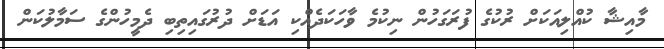
މާއިޝާ ކުއްލިއަކަށް ރުކުގެ ފުރަގަހުން ނިކުމެ ވާހަކަދެއްކި އަޑަށް ދުރުގައިތިބި ދެމީހުންގެ ސަމާލުކަން